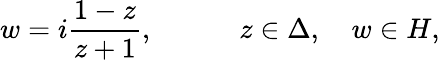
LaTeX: w=i{\frac{1-z}{z+1}},\quad\qquad z\in\Delta,\quad w\in H,